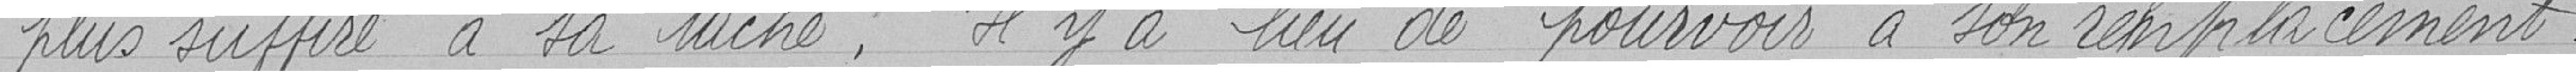
plus suffire à sa tâche. Il y a lieu de pourvoir à son remplacement.